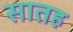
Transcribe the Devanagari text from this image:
सातह